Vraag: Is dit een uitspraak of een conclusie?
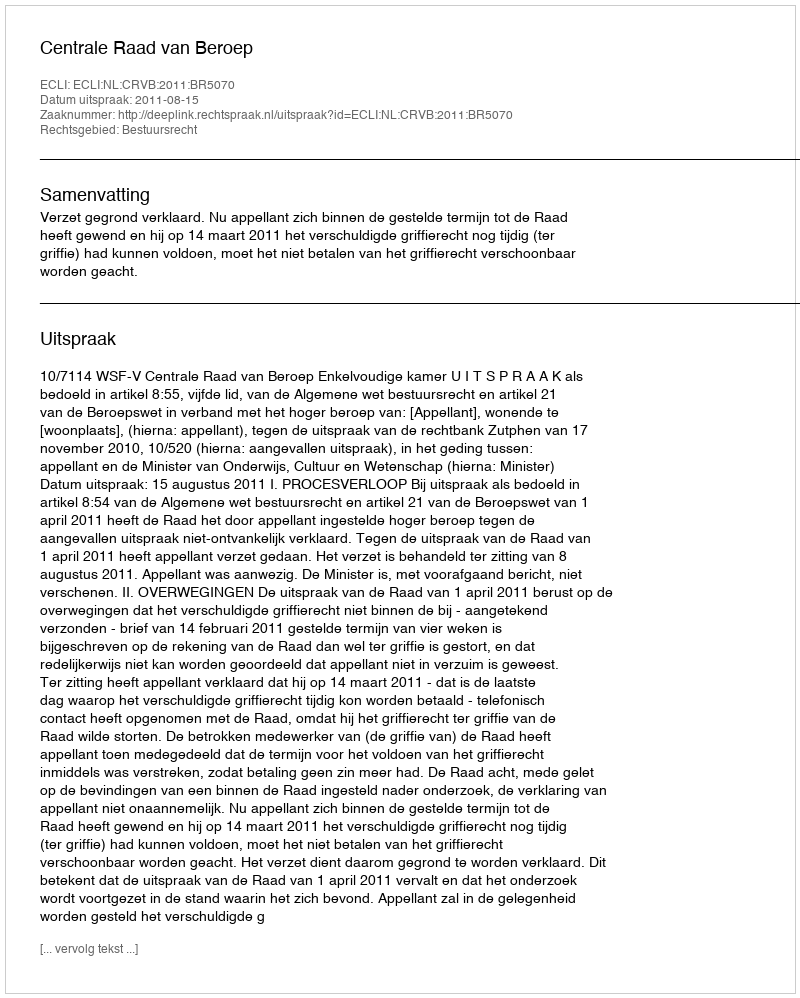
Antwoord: Uitspraak